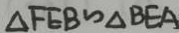
\Delta F E B \sim \Delta B E A